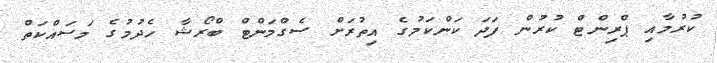
ކުރުމާއި ޕްރިންޓް ކުރުން ފަދަ ކަންކަމުގެ އިތުރަށް ސެގްމަންޓް ބްރޯޝާ ހެދުމުގެ މަސައްކަތް